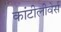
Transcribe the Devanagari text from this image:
कांटीलीवेर्स